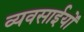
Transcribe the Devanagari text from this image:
व्यवसाईयों